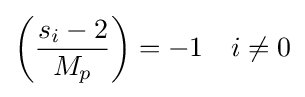
{\begin{aligned}\left({\frac {s_{i}-2}{M_{p}}}\right)&=-1&i\neq 0\end{aligned}}